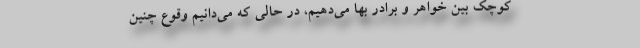
کوچک بین خواهر و برادر بها می‌‌دهیم، در حالی که می‌‌دانیم وقوع چنین